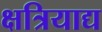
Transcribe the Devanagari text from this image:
क्षत्रियाद्य